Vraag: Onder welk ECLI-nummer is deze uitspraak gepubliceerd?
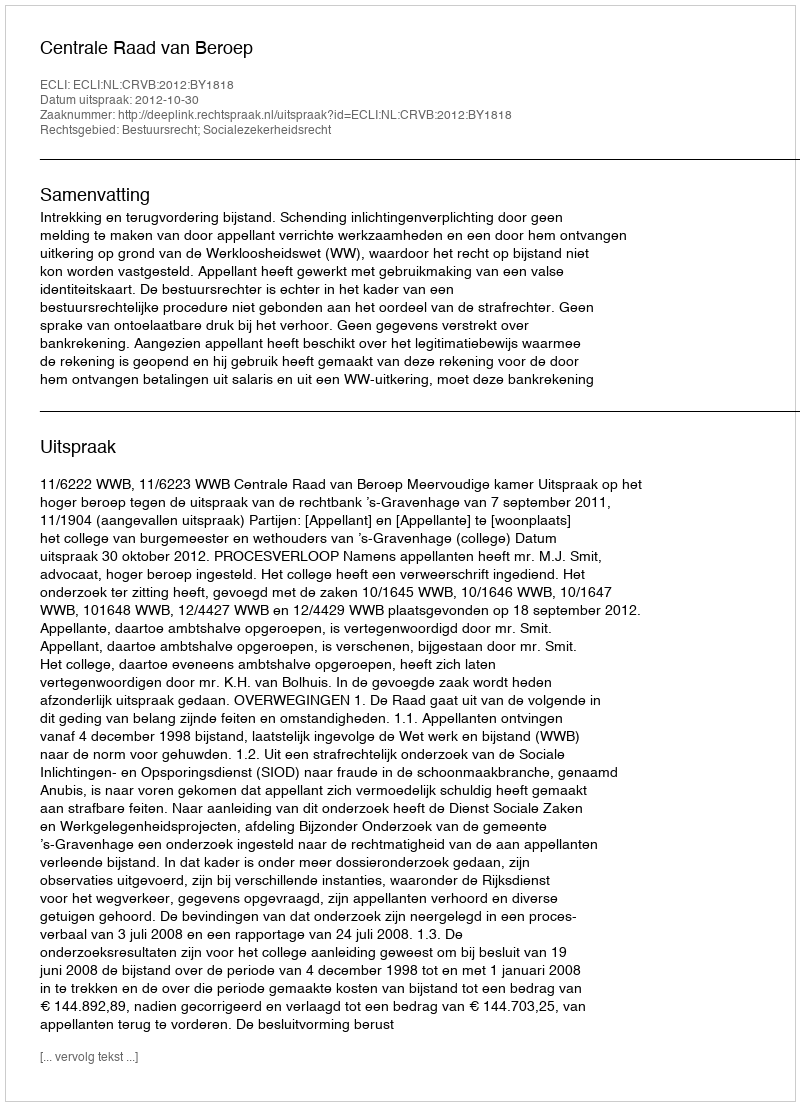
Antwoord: ECLI:NL:CRVB:2012:BY1818